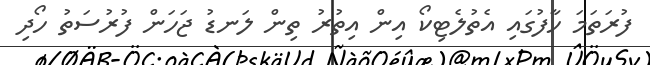
ފުރަތަމަ ހާފުގައި އެތުލެޓިކޯ އިން އިތުރު ތިން ލަނޑު ޖަހަން ފުރުސަތު ހޯދި